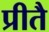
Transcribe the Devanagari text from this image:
प्रीतै